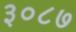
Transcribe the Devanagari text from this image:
३०८७